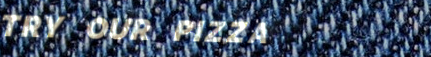
TRY OUR PIZZA